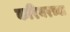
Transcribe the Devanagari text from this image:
करियरच्या